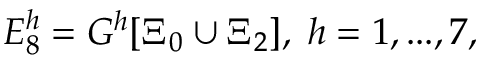
{ \cal E } _ { 8 } ^ { h } = G ^ { h } [ \Xi _ { 0 } \cup \Xi _ { 2 } ] , \; h = 1 , . . . , 7 ,